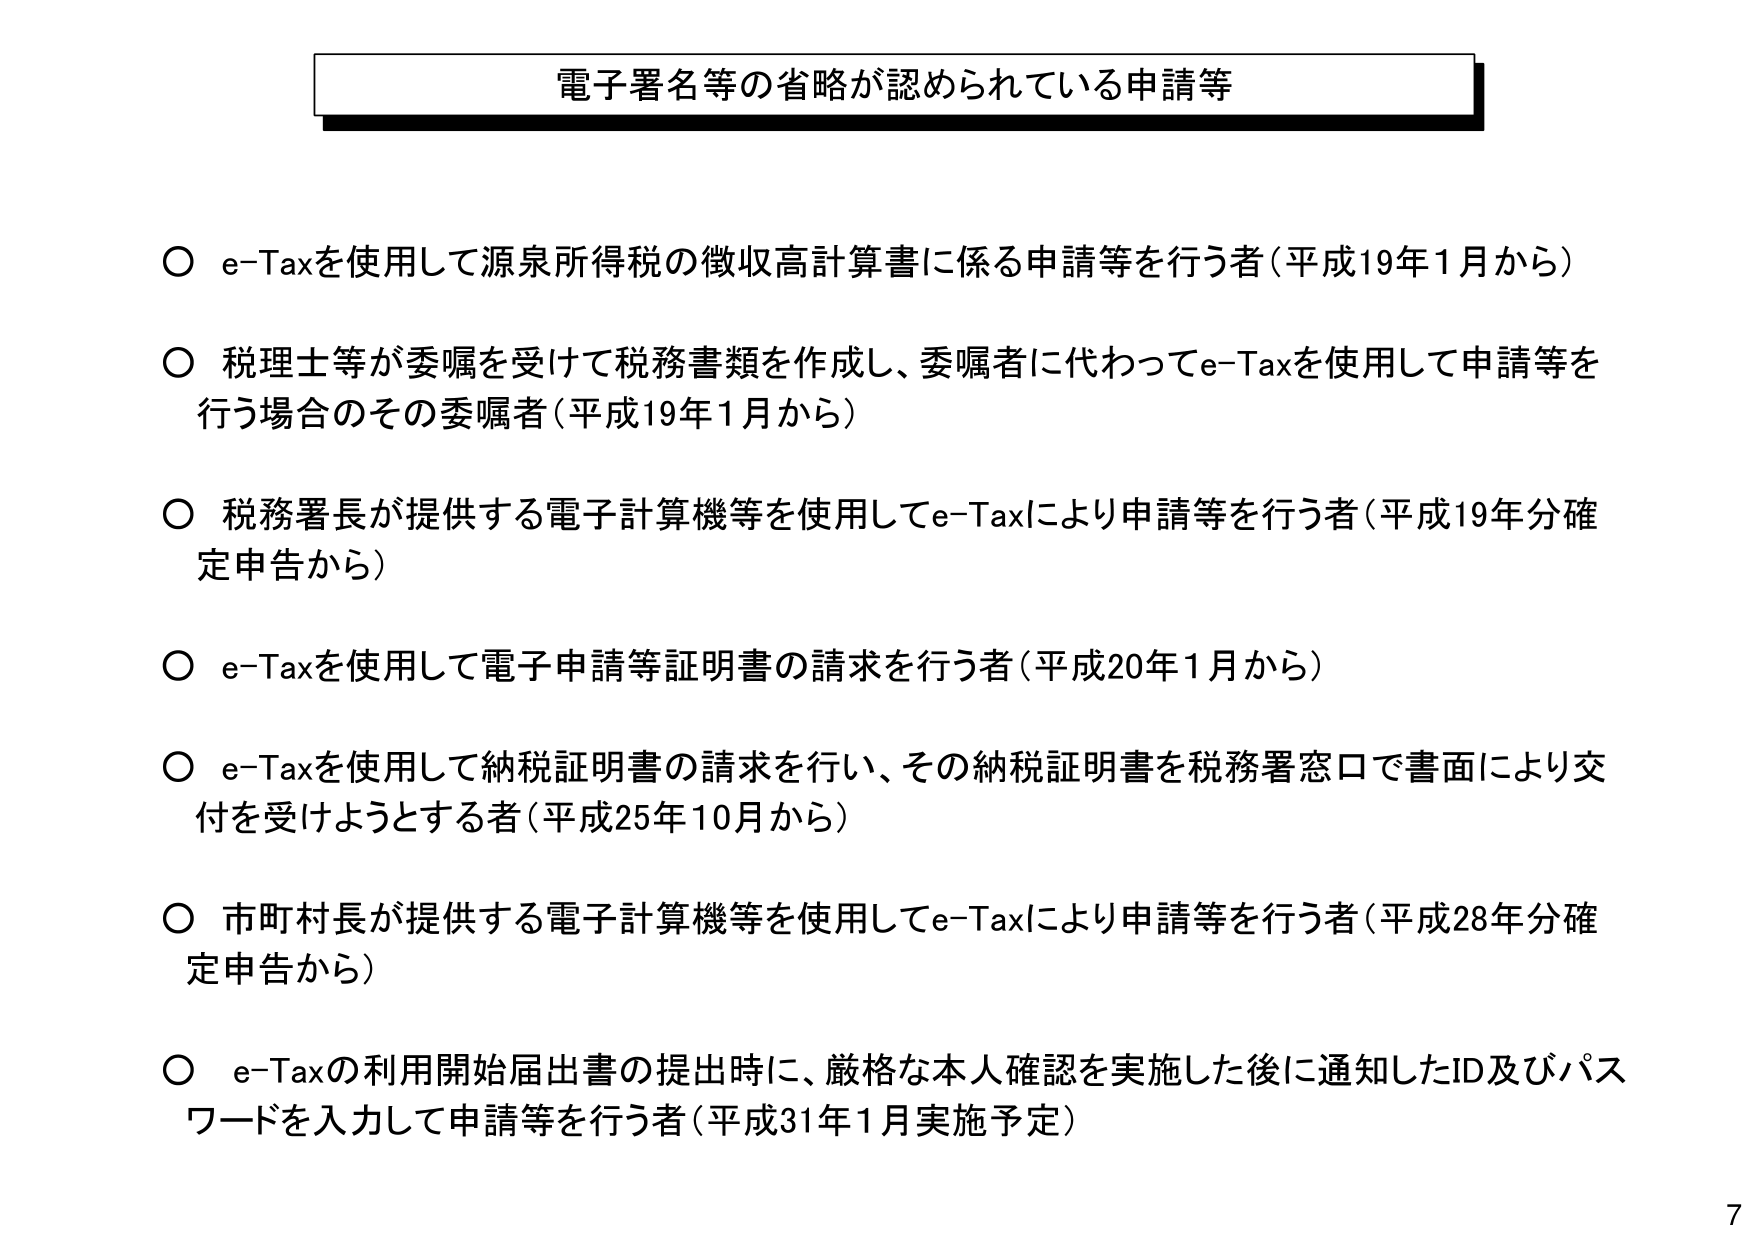
電子署名等の省略が認められている申請等

○ e-Taxを使用して源泉所得税の徴収高計算書に係る申請等を行う者（平成19年1月から）

○ 税理士等が委嘱を受けて税務書類を作成し、委嘱者に代わってe-Taxを使用して申請等を行う場合のその委嘱者（平成19年1月から）

○ 税務署長が提供する電子計算機等を使用してe-Taxにより申請等を行う者（平成19年分確定申告から）

○ e-Taxを使用して電子申請等証明書の請求を行う者（平成20年1月から）

○ e-Taxを使用して納税証明書の請求を行い、その納税証明書を税務署窓口で書面により交付を受けようとする者（平成25年10月から）

○ 市町村長が提供する電子計算機等を使用してe-Taxにより申請等を行う者（平成28年分確定申告から）

○ e-Taxの利用開始届出書の提出時に、厳格な本人確認を実施した後に通知したID及びパスワードを入力して申請等を行う者（平成31年1月実施予定）

7